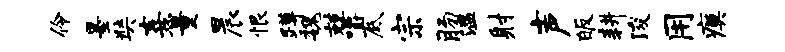
伶墨奘熹量晨恨蹲魏兢嚼底宗肠温射声皈耕浚用瘼